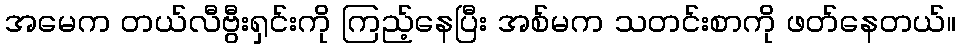
အမေက တယ်လီဗွီးရှင်းကို ကြည့်နေပြီး အစ်မက သတင်းစာကို ဖတ်နေတယ်။